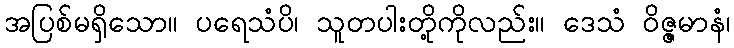
အပြစ်မရှိသော။ ပရေသံပိ၊ သူတပါးတို့ကိုလည်း။ ဒေသံ ဝိဇ္ဇမာနံ၊